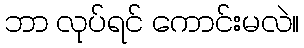
ဘာ လုပ်ရင် ကောင်းမလဲ။